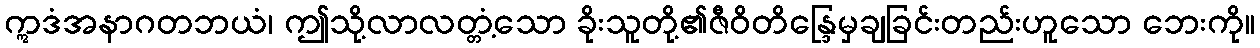
ဣဒံအနာဂတဘယံ၊ ဤသို့လာလတ္တံ့သော ခိုးသူတို့၏ဇီဝိတိန္ဒြေမှချခြင်းတည်းဟူသော ဘေးကို။